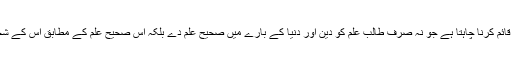
اسلام ایسا نظام تعلیم وتربیت قائم کرنا چاہتا ہے جو نہ صرف طالب علم کو دین اور دنیا کے بارے میں صحیح علم دے بلکہ اس صحیح علم کے مطابق اس کے شخصیت کی تعمیر بھی کرے۔